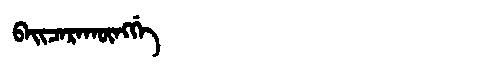
Manchu: ᠪᠠᡳᠴᠠᡵᠠᡴᡡᠩᡤᡝ
Romanization: BAICARAKŪNGGE